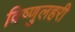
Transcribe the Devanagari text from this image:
विष्णुलहरी